Plague in India, 1896, 1897 - Volume 2
Year: 1896
Disease focus: Plague
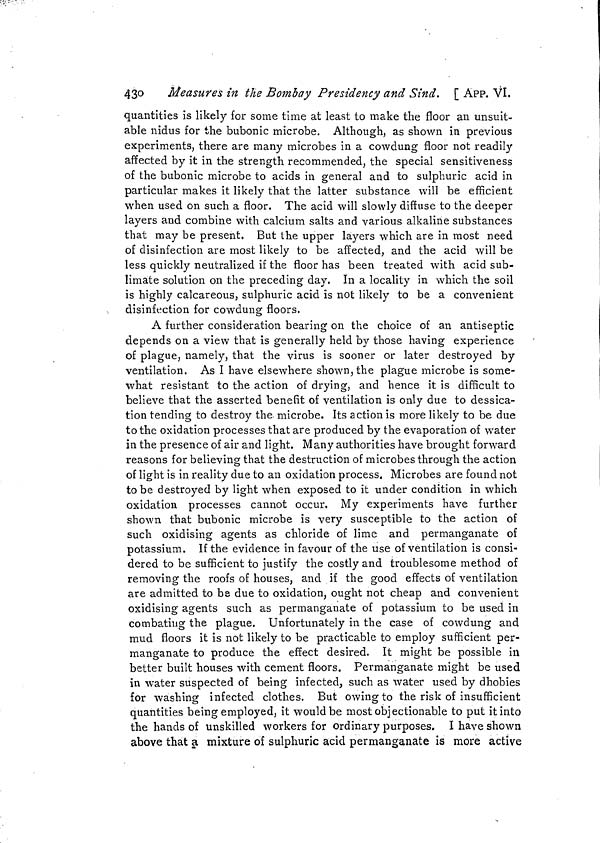
43o
Measures in the Bombay Presidency and Sind. [ APP. VI.
quantities is likely for some time at least to make the floor an unsuit-
able nidus for the bubonic microbe. Although, as shown in previous
experiments, there are many microbes in a cowdung floor not readily
affected by it in the strength recommended, the special sensitiveness
of the bubonic microbe to acids in general and to sulphuric acid in
particular makes it likely that the latter substance will be efficient
when used on such a floor. The acid will slowly diffuse to the deeper
layers and combine with calcium salts and various alkaline substances
that may be present. But the upper layers which are in most need
of disinfection are most likely to be affected, and the acid will be
less quickly neutralized if the floor has been treated with acid sub-
limate solution on the preceding day. In a locality in which the soil
is highly calcareous, sulphuric acid is not likely to be a convenient
disinfection for cowdung floors.
A further consideration bearing on the choice of an antiseptic
depends on a view that is generally held by those having experience
of plague, namely, that the virus is sooner or later destroyed by
ventilation. As I have elsewhere shown, the plague microbe is some-
what resistant to the action of drying, and hence it is difficult to
believe that the asserted benefit of ventilation is only due to dessica-
tion tending to destroy the microbe. Its action is more likely to be due
to the oxidation processes that are produced by the evaporation of water
in the presence of air and light. Many authorities have brought forward
reasons for believing that the destruction of microbes through the action
of light is in reality due to an oxidation process. Microbes are found not
to be destroyed by light when exposed to it under condition in which
oxidation processes cannot occur. My experiments have further
shown that bubonic microbe is very susceptible to the action of
such oxidising agents as chloride of lime and permanganate of
potassium. If the evidence in favour of the use of ventilation is consi-
dered to be sufficient to justify the costly and troublesome method of
removing the roofs of houses, and if the good effects of ventilation
are admitted to be due to oxidation, ought not cheap and convenient
oxidising agents such as permanganate of potassium to be used in
combating the plague. Unfortunately in the case of cowdung and
mud floors it is not likely to be practicable to employ sufficient per-
manganate to produce the effect desired. It might be possible in
better built houses with cement floors. Permanganate might be used
in water suspected of being infected, such as water used by dhobies
for washing infected clothes. But owing to the risk of insufficient
quantities being employed, it would be most objectionable to put it into
the hands of unskilled workers for ordinary purposes. I have shown
above that a mixture of sulphuric acid permanganate is more active